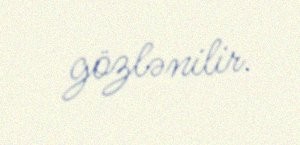
gözlənilir.